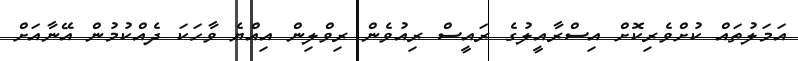
އަމަލުތައް ކުށްވެރިކޮށް އިސްރާއީލުގެ ރައީސް ރިއުވެން ރިވްލިން އިއްޔެ ވާހަކަ ދެއްކުމުން އޭނާއަށް